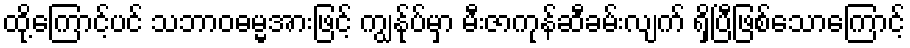
ထို့ကြောင့်ပင် သဘာဝဓမ္မအားဖြင့် ကျွနု်ပ်မှာ မီးဇာကုန်ဆီခမ်းလျက် ရှိပြီဖြစ်သောကြောင့်